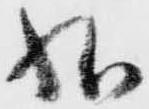
状